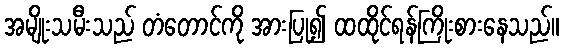
အမျိုးသမီးသည် တံတောင်ကို အားပြု၍ ထထိုင်ရန်ကြိုးစားနေသည်။